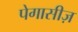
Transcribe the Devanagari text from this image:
पेगासीज़